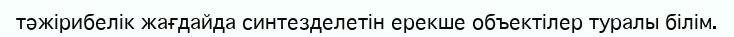
тәжірибелік жағдайда синтезделетін ерекше объектілер туралы білім.